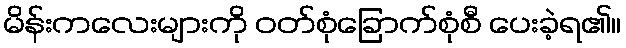
မိန်းကလေးများကို ဝတ်စုံခြောက်စုံစီ ပေးခဲ့ရ၏။